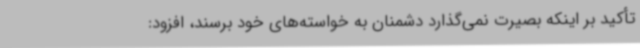
تأکید بر اینکه بصیرت نمی‌گذارد دشمنان به خواسته‌های خود برسند، افزود: